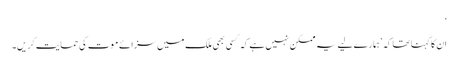
‘
ان کا کہنا تھا کہ ’ہمارے لیے یہ ممکن نہیں ہے کہ کسی بھی ملک میں سزائے موت کی حمایت کریں۔